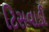
ટિસવાડી